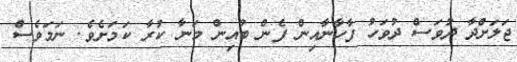
ޖަލަށްދާ ދުވަސް ދުވަހު ފާހާނާއިން ފެން ބުއިން މަނާ ކުރާ ކަމަށެވެ. ނަމަވެސް